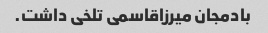
بادمجان میرزاقاسمی تلخی داشت.